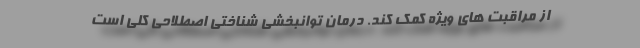
از مراقبت های ویژه کمک کند. درمان توانبخشی شناختی اصطلاحی کلی است